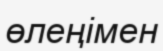
өлеңімен